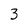
Character: 3